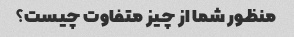
منظور شما از چیز متفاوت چیست؟